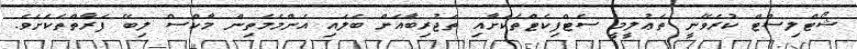
ޝޯޓްލިސްޓް ކުރެވޭނީ ތަޢުލީމީ ސެޓްފިކެޓްތަކަށާއި ތަޖުރިބާއަށް ބަލައި އެންމެމަތިން މާކްސް ލިބޭ ފަރާތްތަކަށެވެ.